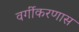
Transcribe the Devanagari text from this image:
वर्गीकरणास